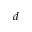
d